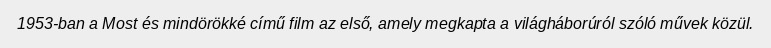
1953-ban a Most és mindörökké című film az első, amely megkapta a világháborúról szóló művek közül.